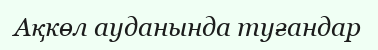
Ақкөл ауданында туғандар